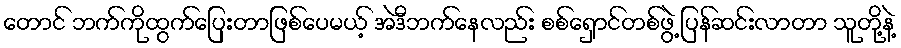
တောင် ဘက်ကိုထွက်ပြေးတာဖြစ်ပေမယ့် အဲဒီဘက်နေလည်း စစ်ရှောင်တစ်ဖွဲ့ ပြန်ဆင်းလာတာ သူတို့နဲ့